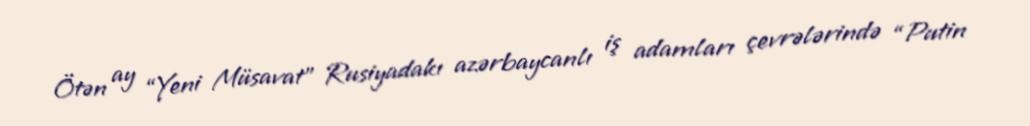
Ötən ay “Yeni Müsavat” Rusiyadakı azərbaycanlı iş adamları çevrələrində “Putin